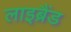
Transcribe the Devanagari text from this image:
लाइब्रैंड